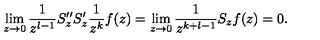
\lim _ { z \to 0 } \frac { 1 } { z ^ { l - 1 } } S _ { z } ^ { \prime \prime } S _ { z } ^ { \prime } \frac { 1 } { z ^ { k } } f ( z ) = \lim _ { z \to 0 } \frac { 1 } { z ^ { k + l - 1 } } S _ { z } f ( z ) = 0 .